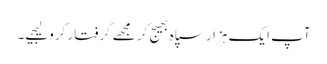
آپ ایک ہزار سپاہ بھیج کر مجھے گرفتار کرو لیجیے۔